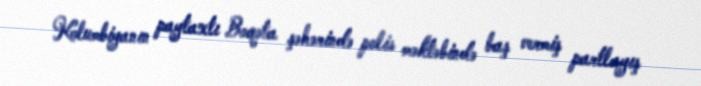
Kolumbiyanın paytaxtı Boqota şəhərində polis məktəbində baş vermiş partlayış